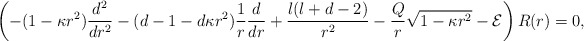
\begin{align*} \left(-(1-\kappa r^2) \frac{d^2}{dr^2} - (d-1-d\kappa r^2)\frac{1}{r} \frac{d}{dr} + \frac{l(l+d-2)}{r^2} - \frac{Q}{r} \sqrt{1-\kappa r^2} - {\cal E}\right) R(r) = 0, \end{align*}